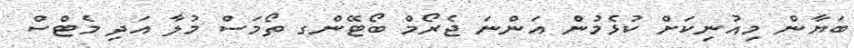
ބަޔާން މިއުނިކަށް ކުޅެމުން އަންނަ ޖެރޯމް ބޯޓޭންގ ތޯމަސް މުލާ އަދި މެޓްސް